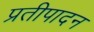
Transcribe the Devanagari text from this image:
प्रतीपादन